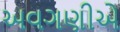
અવગણીએ